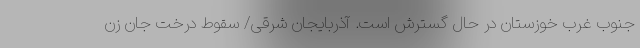
جنوب غرب خوزستان در حال گسترش است. آذربایجان شرقی/ سقوط درخت جان زن